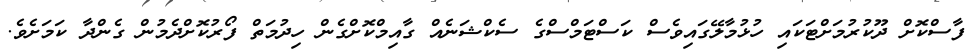
ފާސްކޮށް ދޫކުރުމަށްޓަކައި ހުޅުމާލޭގައިވެސް ކަސްޓަމްސްގެ ސެކްޝަނެއް ގާއިމްކޮށްގެން ހިދުމަތް ފޯރުކޮށްދެމުން ގެންދާ ކަމަށެވެ.